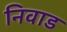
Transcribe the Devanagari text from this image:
निवाड